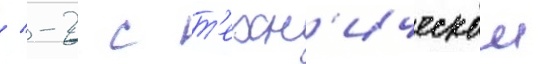
/ -2 с т'ехн'ическои